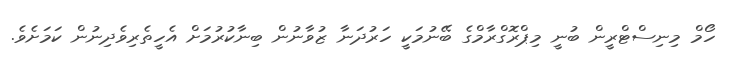
ހޯމް މިނިސްޓްރީން ބުނީ މިޕްރޮގްރާމްގެ ބޭނުމަކީ ހަރުދަނާ ޒުވާނުން ބިނާކުރުމަށް އެހީތެރިވެދިނުން ކަމަށެވެ.